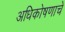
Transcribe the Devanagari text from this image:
अधिकोषणाचे